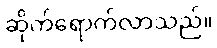
ဆိုက်ရောက်လာသည်။